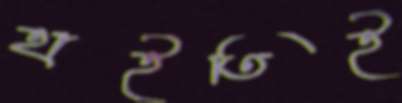
হাইতিই